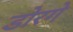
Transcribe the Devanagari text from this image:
डोरगे